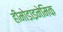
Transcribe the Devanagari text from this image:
हीमोडाइनेमिक